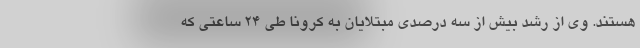
هستند. وی از رشد بیش از سه درصدی مبتلایان به کرونا طی ۲۴ ساعتی که